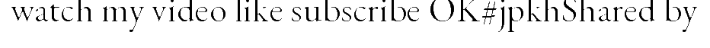
watch my video like subscribe OK#jpkhShared by